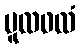
မူလဖလံ